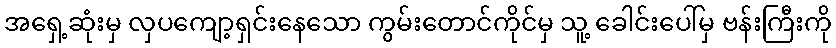
အရှေ့ဆုံးမှ လှပကျော့ရှင်းနေသော ကွမ်းတောင်ကိုင်မှ သူ့ ခေါင်းပေါ်မှ ဗန်းကြီးကို